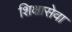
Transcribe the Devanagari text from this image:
शिक्षासेवा